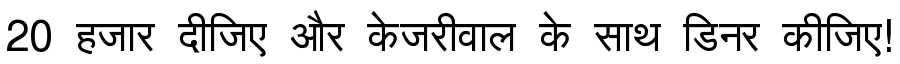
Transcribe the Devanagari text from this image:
20 हजार दीजिए और केजरीवाल के साथ डिनर कीजिए!